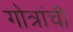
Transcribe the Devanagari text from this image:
गोत्रांची